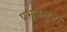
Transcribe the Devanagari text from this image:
प्रभूकडून